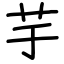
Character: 芋